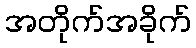
အတိုက်အခိုက်